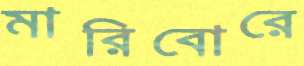
মারিবোরে